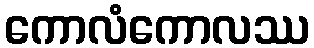
ကောလံကောလဿ